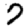
Digit: 7